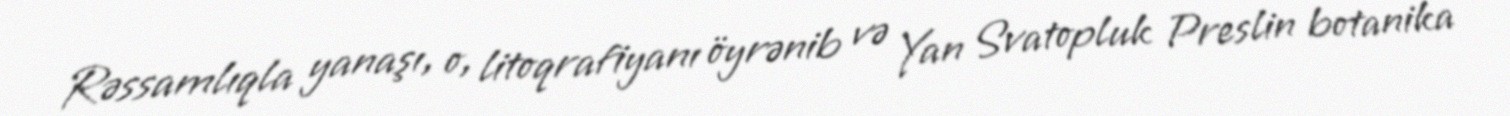
Rəssamlıqla yanaşı, o, litoqrafiyanı öyrənib və Yan Svatopluk Preslin botanika